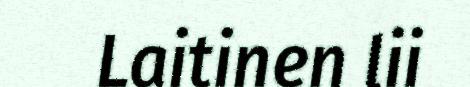
Laitinen lii